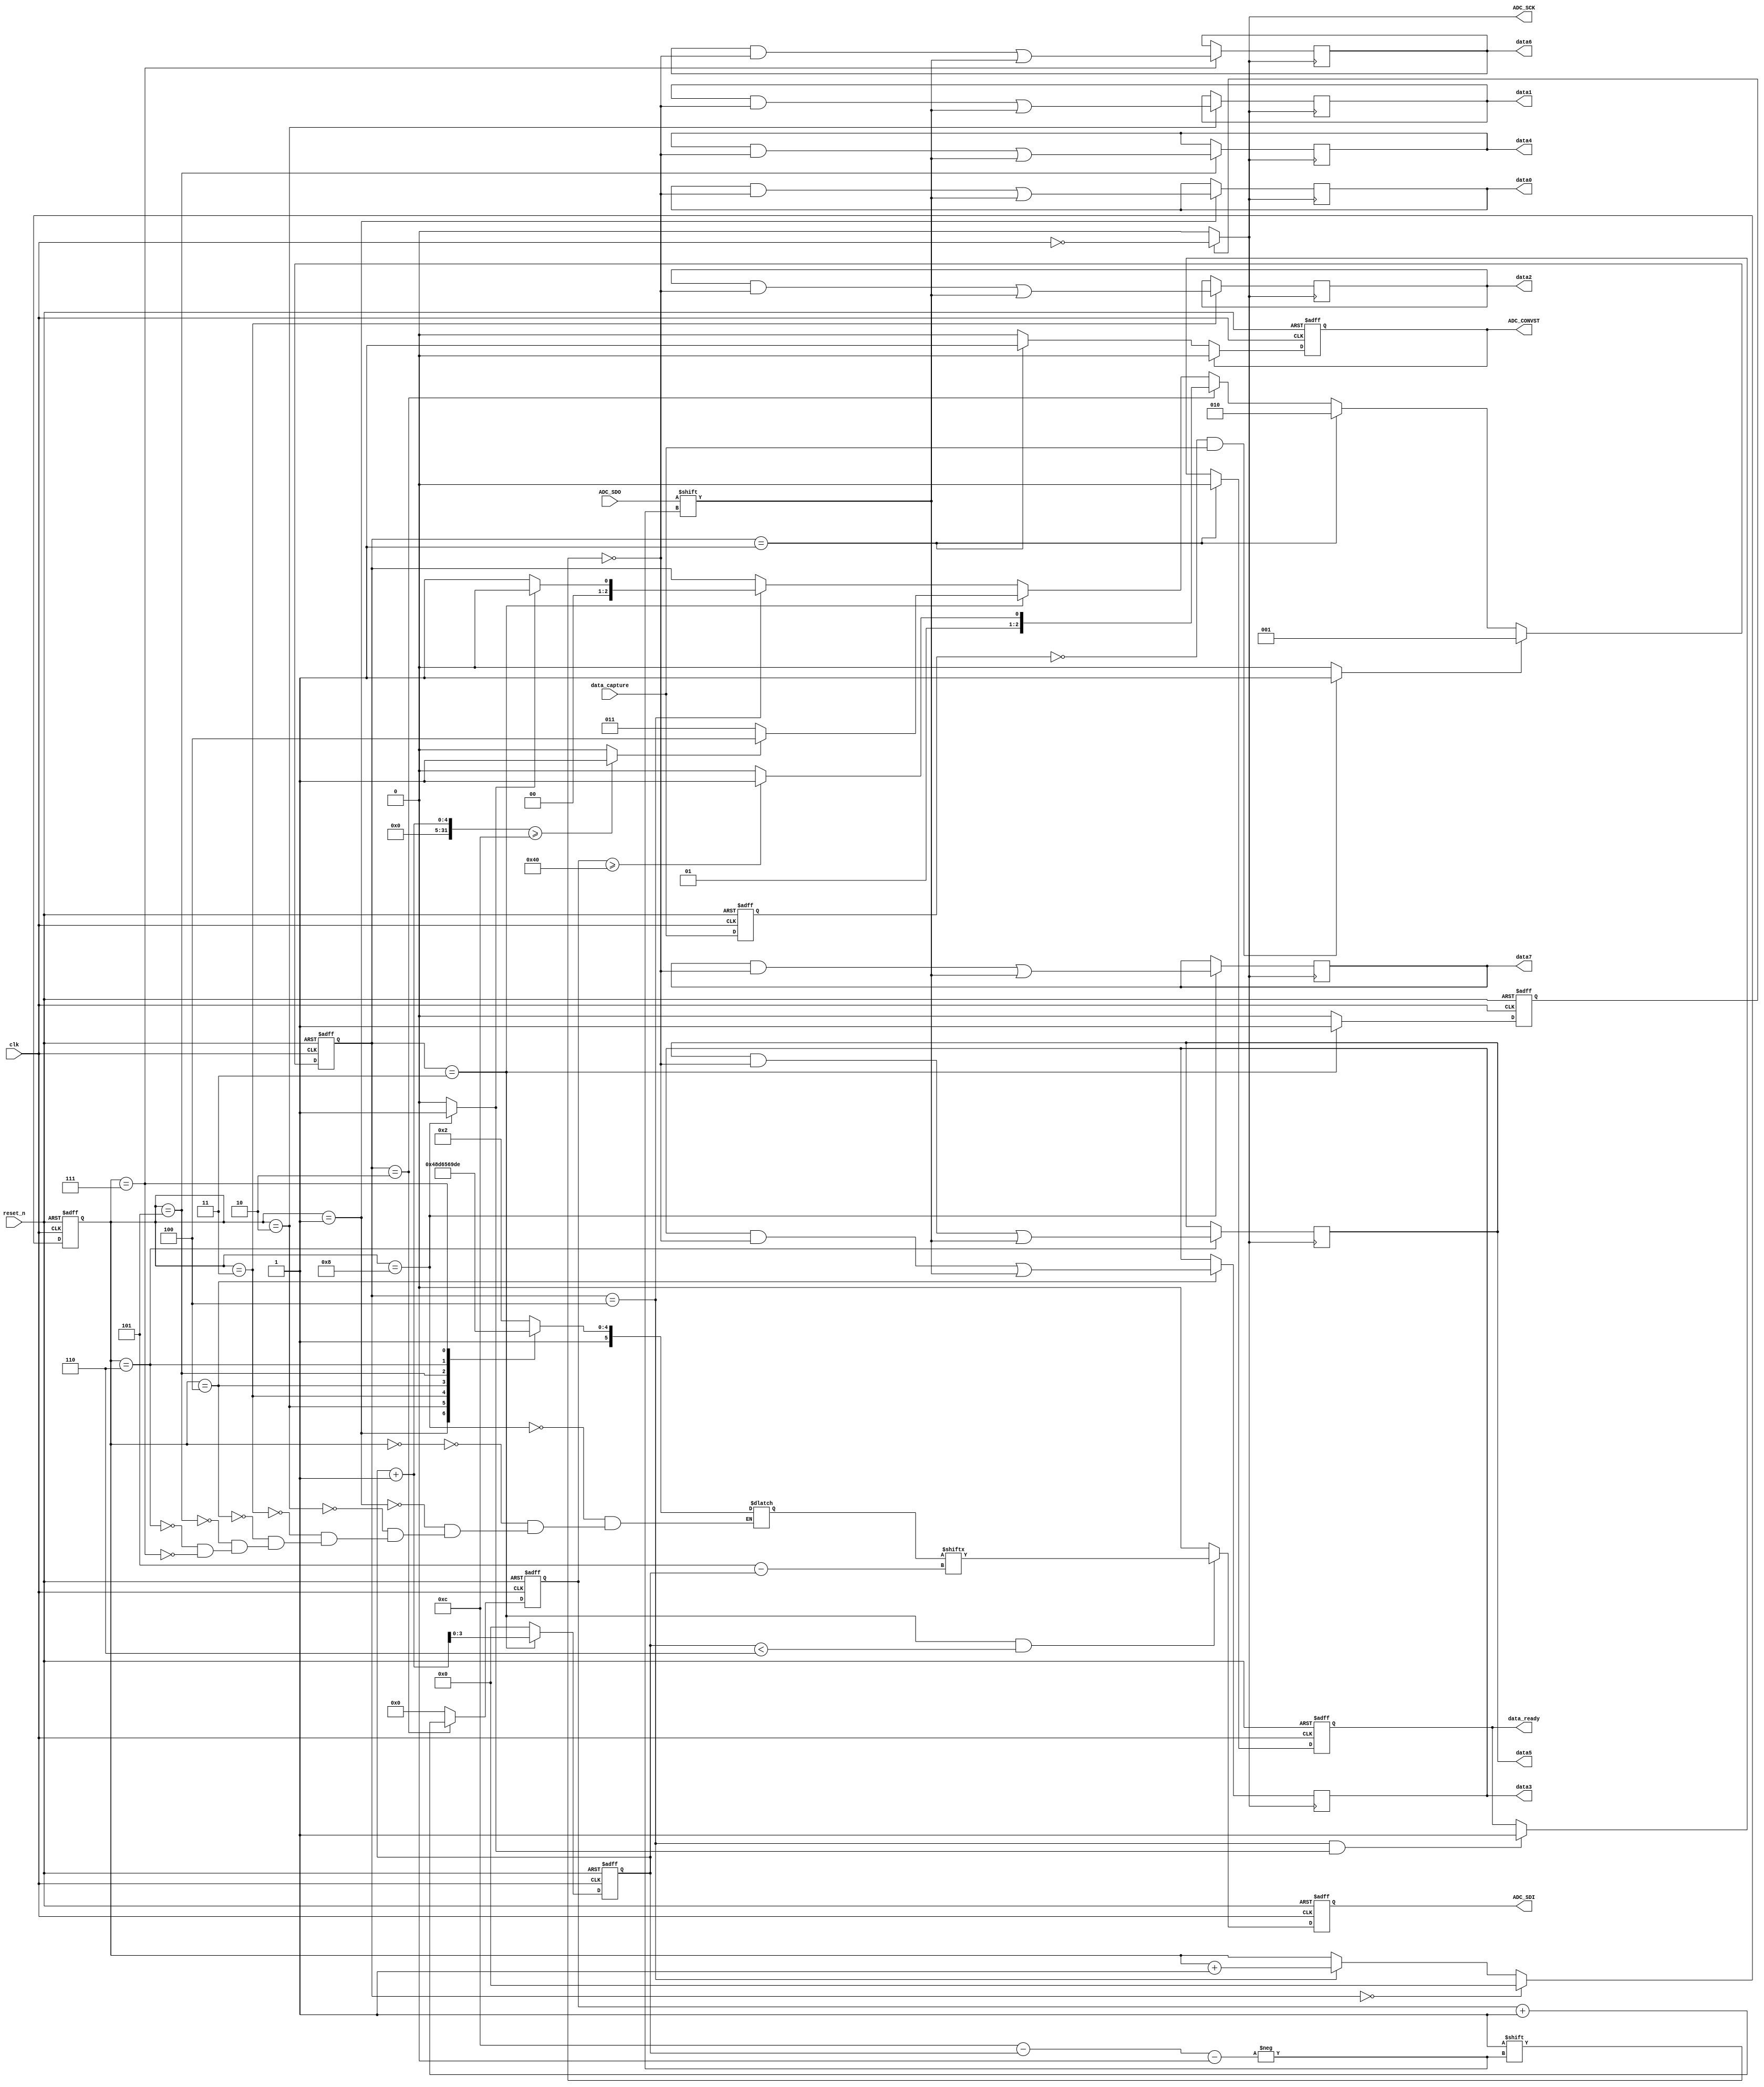
module LTC2308(
	input 				clk, // max 40mhz
	input 				reset_n,
	
	//
	input					data_capture, // rise edge to trigger
	output	reg		data_ready,
	output	reg	[11:0] 	data0,
	output	reg	[11:0] 	data1,
	output	reg	[11:0] 	data2,
	output	reg	[11:0] 	data3,
	output	reg	[11:0] 	data4,
	output	reg	[11:0] 	data5,
	output	reg	[11:0] 	data6,
	output	reg	[11:0] 	data7,
	
	// spi 
	output	reg		ADC_CONVST,
	output	      	ADC_SCK,
	output	reg      ADC_SDI,
	input 		      ADC_SDO

);


parameter CLOCK_DUR = 25; // 25ns = 40MHz
parameter CONVST_WAIT_CLOCK_NUM = ((1600+CLOCK_DUR-1)/CLOCK_DUR);  //  1.6 us = 1600 ns, 1600/25=64

`define DATA_BIT_LENGTH	12
`define CHANNEL_NUM		8


/////////////////////////////////////////////
// trigger

reg	pre_data_capture;
always @ (posedge clk or negedge reset_n)
begin
	if (~reset_n)
		pre_data_capture <= 1'b0;
	else
		pre_data_capture <= data_capture;
end

wire data_capture_trigger;
assign data_capture_trigger = (~pre_data_capture & data_capture)?1'b1:1'b0;

//////////////////////////////////////////////
// state control



`define ST_READY					3'd0
`define ST_CONVST_TRIGGER		3'd1
`define ST_CONVST_WAIT			3'd2
`define ST_DATA_XFER				3'd3		
`define ST_DATA_XVER_ENDING	3'd4		


// state
reg	[2:0] state;

always @ (posedge clk or negedge reset_n)
begin
	if (~reset_n)
		state <= `ST_READY;
	else if (data_capture_trigger)
		state <= `ST_CONVST_TRIGGER;
	else if (state == `ST_CONVST_TRIGGER)
		state <= `ST_CONVST_WAIT;
	else if (state == `ST_CONVST_WAIT) 
		state <= (wait_tick_cnt >= CONVST_WAIT_CLOCK_NUM)?`ST_DATA_XFER:`ST_CONVST_WAIT;
	else if (state == `ST_DATA_XFER)
		state <= last_data_bits?`ST_DATA_XVER_ENDING:`ST_DATA_XFER;
	else if (state == `ST_DATA_XVER_ENDING)
		state <= (last_channel)?`ST_READY:`ST_CONVST_TRIGGER;
end

// CONVT wait
reg	[7:0] wait_tick_cnt;  // max 64
always @ (posedge clk or negedge reset_n)
begin
	if (~reset_n)
		wait_tick_cnt <= 0;
	else if (state == `ST_CONVST_WAIT) 
			wait_tick_cnt <= wait_tick_cnt + 1;
	else
		wait_tick_cnt <= 0;

end


// data bit index
wire last_data_bits;
reg	[3:0] data_bit_index;

assign last_data_bits = ((data_bit_index+1) >= `DATA_BIT_LENGTH)?1'b1:1'b0;

always @ (posedge clk or negedge reset_n)
begin
	if (~reset_n)
		data_bit_index <= 0;
	else if (state == `ST_DATA_XFER)  
			data_bit_index <= data_bit_index + 1;
	else
		data_bit_index <= 0;

end

// adc channel
wire last_channel;
reg	[3:0] channel;

assign last_channel = (channel == `CHANNEL_NUM)?1'b1:1'b0;

always @ (posedge clk or negedge reset_n)
begin
	if (~reset_n)
		channel <= 0;
	else if (state == `ST_READY)  
		channel <= 0;
	else if (state == `ST_DATA_XVER_ENDING)  
			channel <= channel + 1;
end


// data_ready
always @ (posedge clk or negedge reset_n)
begin
	if (~reset_n)
		data_ready <= 1'b0;
	else if (state == `ST_CONVST_TRIGGER)
		data_ready <= 1'b0;
	else if ((state == `ST_DATA_XVER_ENDING) && last_channel) 
			data_ready <= 1'b1;

end


//////////////////////////
// generate CONVST

always @ (posedge clk or negedge reset_n)
begin
	if (~reset_n)
		ADC_CONVST <= 1'b0;
	else if (ADC_CONVST)
		ADC_CONVST <= 1'b0;
	else if (state == `ST_CONVST_TRIGGER)
		ADC_CONVST <= 1'b1;
	
end



//////////////////////////
// generate SCK
reg spi_clk_enable;

always @ (posedge clk or negedge reset_n)
begin
	if (~reset_n)
		spi_clk_enable <= 1'b0;
	else if (state == `ST_DATA_XFER)
		spi_clk_enable <= 1'b1;
	else
		spi_clk_enable <= 1'b0;
	
end


assign ADC_SCK = spi_clk_enable?~clk:1'b0; // note. clock is invert 

//////////////////////////
// generate SDI,  unipolar, not sleep
reg [5:0] channel_config;
always @(*)
begin
	case(channel)
	   4'd8: channel_config <= 6'b100010; // ch0
		4'd0: channel_config <= 6'b100010; // ch0
		4'd1: channel_config <= 6'b110010;
		4'd2: channel_config <= 6'b100110;
		4'd3: channel_config <= 6'b110110;
		4'd4: channel_config <= 6'b101010;
		4'd5: channel_config <= 6'b111010;
		4'd6: channel_config <= 6'b101110;
		4'd7: channel_config <= 6'b111110;
	
	endcase
end



// note, SDI ready at posedge clk (negtive ADC_SCK)
wire [3:0] sdi_data_bit_index;
assign sdi_data_bit_index = 5 - data_bit_index;
always @ (posedge clk or negedge reset_n)
begin
	if (~reset_n)
		ADC_SDI <= 1'b0;
	else if ((state == `ST_DATA_XFER) && data_bit_index < 6)
		ADC_SDI <= channel_config[sdi_data_bit_index];
	else
		ADC_SDI <= 1'b0;
end


//////////////////////////
// receive data from SDO
wire [3:0] rx_data_bit_index;
assign rx_data_bit_index = 12 - data_bit_index; // data valid when data_bit_index = 1~12

// read data at posedge of ADC_SCK
always @ (posedge ADC_SCK)
begin
	case(channel)
		4'd1: data0[rx_data_bit_index] <= ADC_SDO;
		4'd2: data1[rx_data_bit_index] <= ADC_SDO;
		4'd3: data2[rx_data_bit_index] <= ADC_SDO;
		4'd4: data3[rx_data_bit_index] <= ADC_SDO;
		4'd5: data4[rx_data_bit_index] <= ADC_SDO;
		4'd6: data5[rx_data_bit_index] <= ADC_SDO;
		4'd7: data6[rx_data_bit_index] <= ADC_SDO;
		4'd8: data7[rx_data_bit_index] <= ADC_SDO;
	endcase
end














endmodule